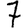
Digit: 7